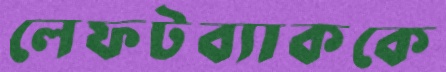
লেফটব্যাককে